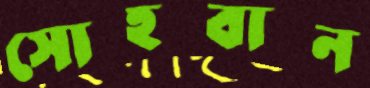
সোহবান